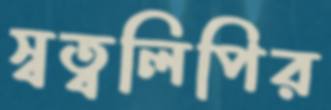
স্বত্বলিপির